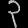
Digit: ၃